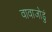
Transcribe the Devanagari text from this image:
वावाजोडुं